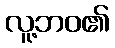
လူ့ဘဝ၏